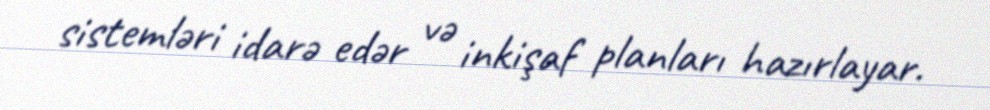
sistemləri idarə edər və inkişaf planları hazırlayar.